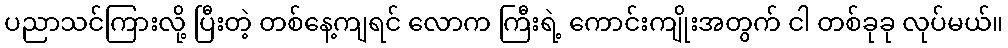
ပညာသင်ကြားလို့ ပြီးတဲ့ တစ်နေ့ကျရင် လောက ကြီးရဲ့ ကောင်းကျိုးအတွက် ငါ တစ်ခုခု လုပ်မယ်။